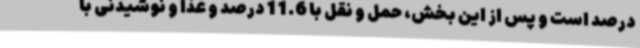
درصد است و پس از این بخش، حمل و نقل با 11.6 درصد و غذا و نوشیدنی با